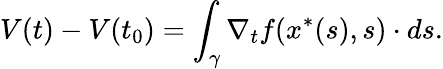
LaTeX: V(t)-V(t_{0})=\int_{\gamma}\nabla_{t}f(x^{\ast}(s),s)\cdot ds.